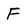
Character: F